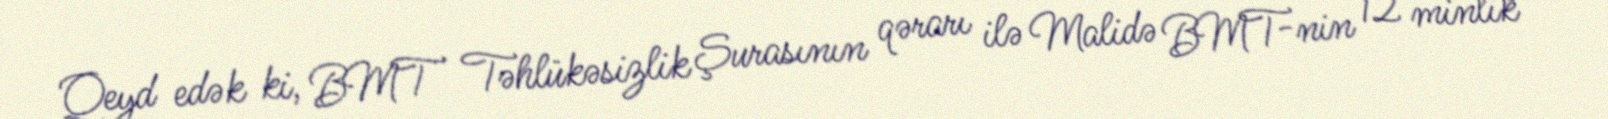
Qeyd edək ki, BMT Təhlükəsizlik Şurasının qərarı ilə Malidə BMT-nin 12 minlik